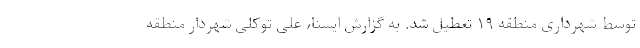
توسط شهرداری منطقه ۱۹ تعطیل شد. به گزارش ایسنا، علی توکلی شهردار منطقه